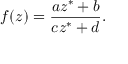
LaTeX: f ( z ) = { \frac { a z ^ { * } + b } { c z ^ { * } + d } } .